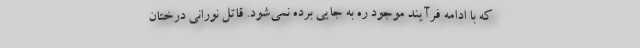
که با ادامه فرآیند موجود ره به جایی برده نمی‌شود. قاتل نورانی درختان